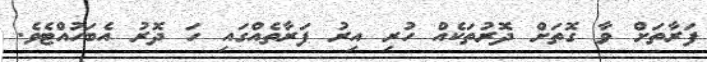
ފަރާތަށް ވާ ގޮތަށް ދޮރުތަކެއް ހުރި އިރު ފަރާތެއްގައި ހަ ދޮރު އެބަހުއްޓެވެ.